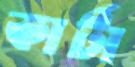
কার্টা